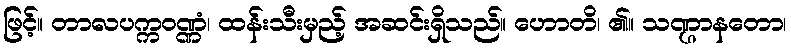
ဖြင့်။ တာလပက္ကဝဏ္ဏံ၊ ထန်းသီးမှည့် အဆင်းရှိသည်။ ဟောတိ၊ ၏။ သဏ္ဌာနတော၊